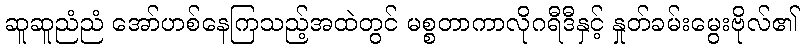
ဆူဆူညံညံ အော်ဟစ်နေကြသည့်အထဲတွင် မစ္စတာကာလိုဂရီဒီနှင့် နှုတ်ခမ်းမွေးဗိုလ်၏